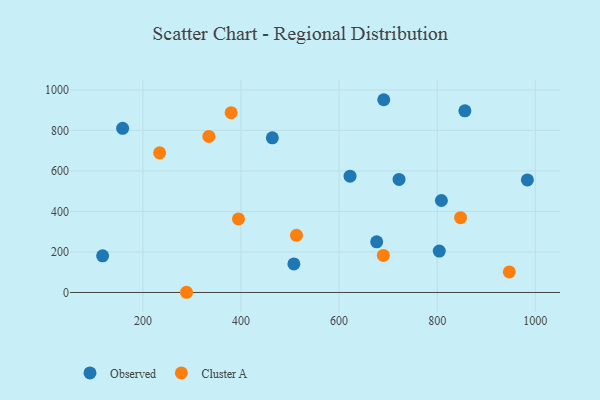
{"axis": {"x": "Engine Size", "y": "Fuel Efficiency"}, "legend": ["Cluster A", "Observed"], "data": [{"x": "158.7", "y": 810.1, "type": "Observed"}, {"x": "856.4", "y": 896.8, "type": "Observed"}, {"x": "622.3", "y": 574.0, "type": "Observed"}, {"x": "691.0", "y": 951.4, "type": "Observed"}, {"x": "722.2", "y": 558.0, "type": "Observed"}, {"x": "808.5", "y": 454.0, "type": "Observed"}, {"x": "507.8", "y": 141.1, "type": "Observed"}, {"x": "676.6", "y": 250.2, "type": "Observed"}, {"x": "804.2", "y": 204.5, "type": "Observed"}, {"x": "983.8", "y": 555.7, "type": "Observed"}, {"x": "117.9", "y": 181.0, "type": "Observed"}, {"x": "463.9", "y": 763.1, "type": "Observed"}, {"x": "394.8", "y": 363.2, "type": "Cluster A"}, {"x": "288.9", "y": 1.0, "type": "Cluster A"}, {"x": "234.1", "y": 689.4, "type": "Cluster A"}, {"x": "847.6", "y": 369.3, "type": "Cluster A"}, {"x": "513.1", "y": 282.0, "type": "Cluster A"}, {"x": "334.5", "y": 770.4, "type": "Cluster A"}, {"x": "947.0", "y": 101.6, "type": "Cluster A"}, {"x": "379.9", "y": 887.5, "type": "Cluster A"}, {"x": "690.2", "y": 182.7, "type": "Cluster A"}]}